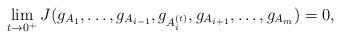
LaTeX: \begin{align*} \lim_{t \to 0^+} J(g_{A_1}, \ldots, g_{A_{i-1}}, g_{A^{(t)}_i}, g_{A_{i+1}}, \ldots, g_{A_m}) = 0,\end{align*}